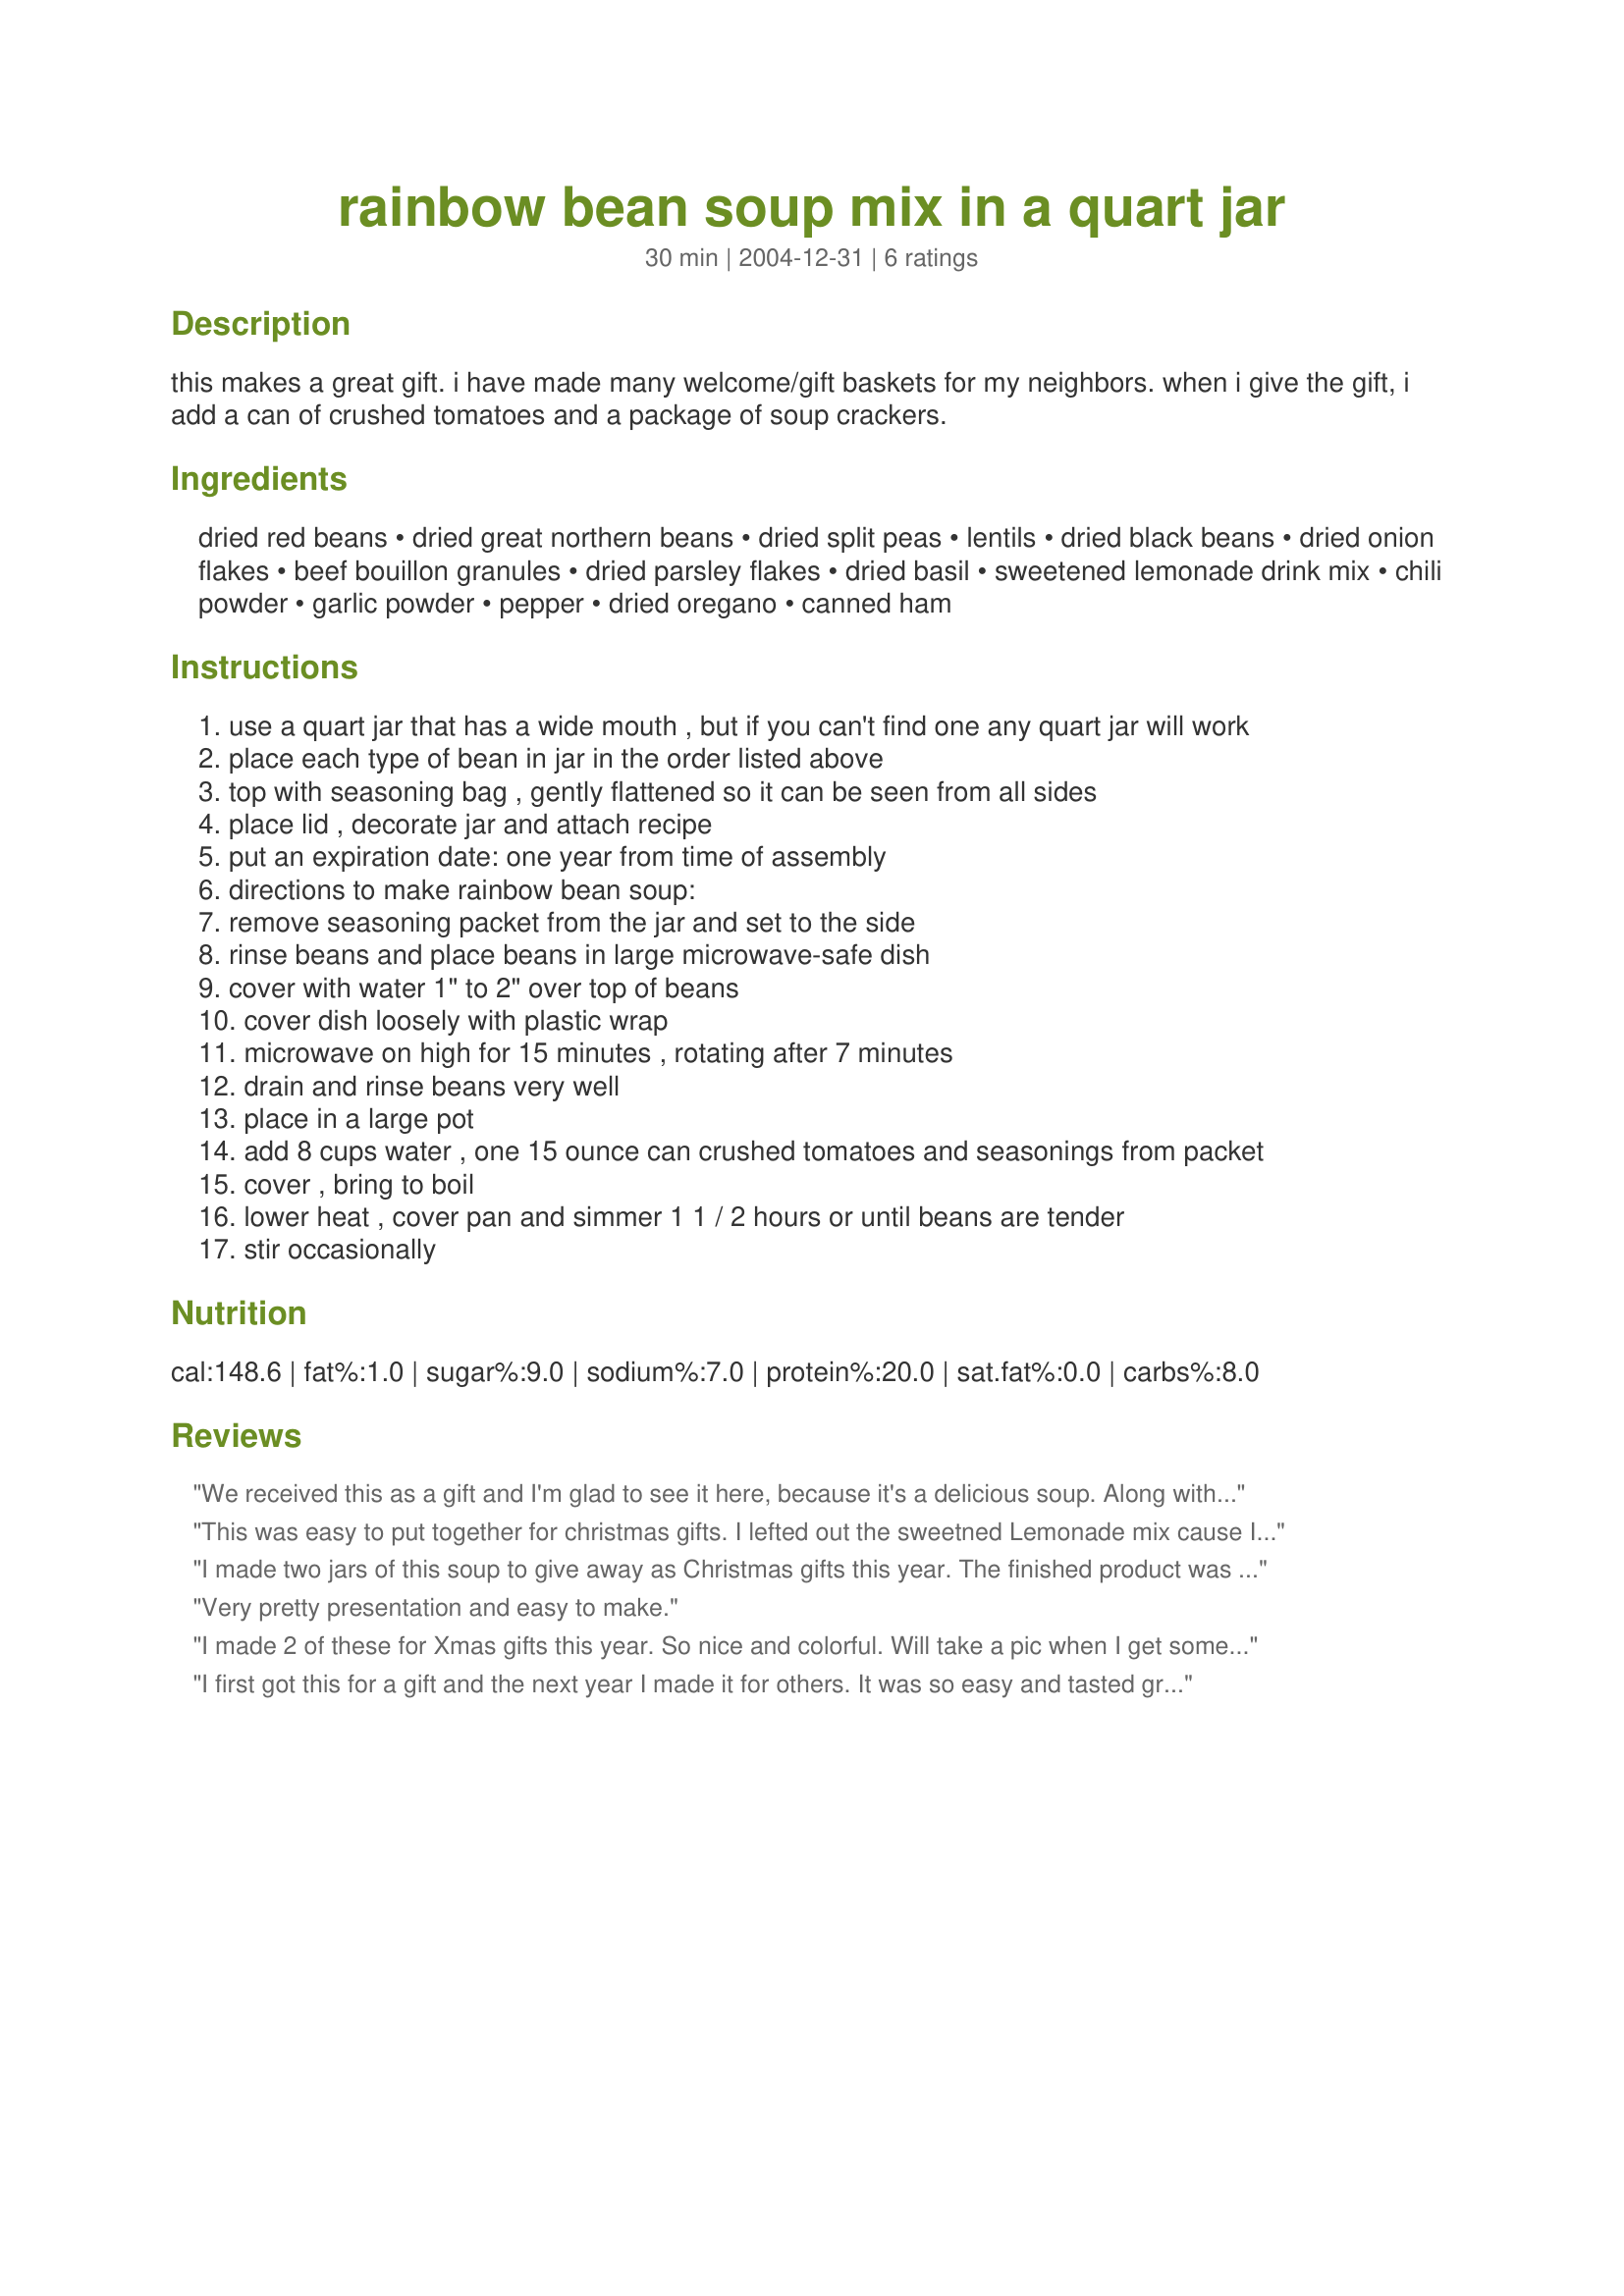
rainbow bean soup mix in a quart jar
Preparation time: 30 minutes

this makes a great gift. i have made many welcome/gift baskets for my neighbors. when i give the gift, i add a can of crushed tomatoes and a package of soup crackers.

Ingredients:
dried red beans, dried great northern beans, dried split peas, lentils, dried black beans, dried onion flakes, beef bouillon granules, dried parsley flakes, dried basil, sweetened lemonade drink mix, chili powder, garlic powder, pepper, dried oregano, canned ham

Steps:
use a quart jar that has a wide mouth , but if you can't find one any quart jar will work
place each type of bean in jar in the order listed above
top with seasoning bag , gently flattened so it can be seen from all sides
place lid , decorate jar and attach recipe
put an expiration date: one year from time of assembly
directions to make rainbow bean soup:
remove seasoning packet from the jar and set to the side
rinse beans and place beans in large microwave-safe dish
cover with water 1" to 2" over top of beans
cover dish loosely with plastic wrap
microwave on high for 15 minutes , rotating after 7 minutes
drain and rinse beans very well
place in a large pot
add 8 cups water , one 15 ounce can crushed tomatoes and seasonings from packet
cover , bring to boil
lower heat , cover pan and simmer 1 1 / 2 hours or until beans are tender
stir occasionally

Reviews:
We received this as a gift and I'm glad to see it here, because it's a delicious soup. Along with the beans and the soup mix we received a 14 oz can of tomatoes that we added undrained. I don't like canned hams or spam, so I added approx 1 c of some deli ham from our fridge. The beans took about 2 hours to become tender while cooking.
This was easy to put together for christmas gifts. I lefted out the sweetned Lemonade mix cause I didn't have any on hand. 
I haven't made it to have for our meal yet but I hope to soon! I only have made some for gifts. Thanks for sharing this great idea!
I made two jars of this soup to give away as Christmas gifts this year. The finished product was so pretty, like something you would find at a craft market. My jars weren't quite big enough so I would recommend measuring the jar first so you won't realize at the last minute that all of the ingredients won't fit. Thanks for such a creative idea!
Very pretty presentation and easy to make.
I made 2 of these for Xmas gifts this year. So nice and colorful. Will take a pic when I get some Xmas fabric for the top. I will give the soup review when it is made. I hope my Mum makes it while I am visiting her this year. Pic to come
I first got this for a gift and the next year I made it for others. It was so easy and tasted great. My husband likes it with meat in it (I usually use kielbasa) but it really doesn't need it!
